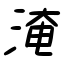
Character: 淹